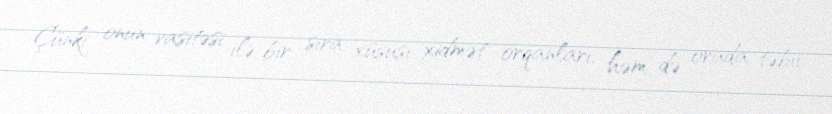
Çünki onun vasitəsi ilə bir sıra xüsusi xidmət orqanları, həm də orada təbii